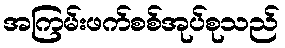
အကြမ်းဖက်စစ်အုပ်စုသည်